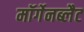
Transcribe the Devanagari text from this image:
मॉर्गेनब्लैट